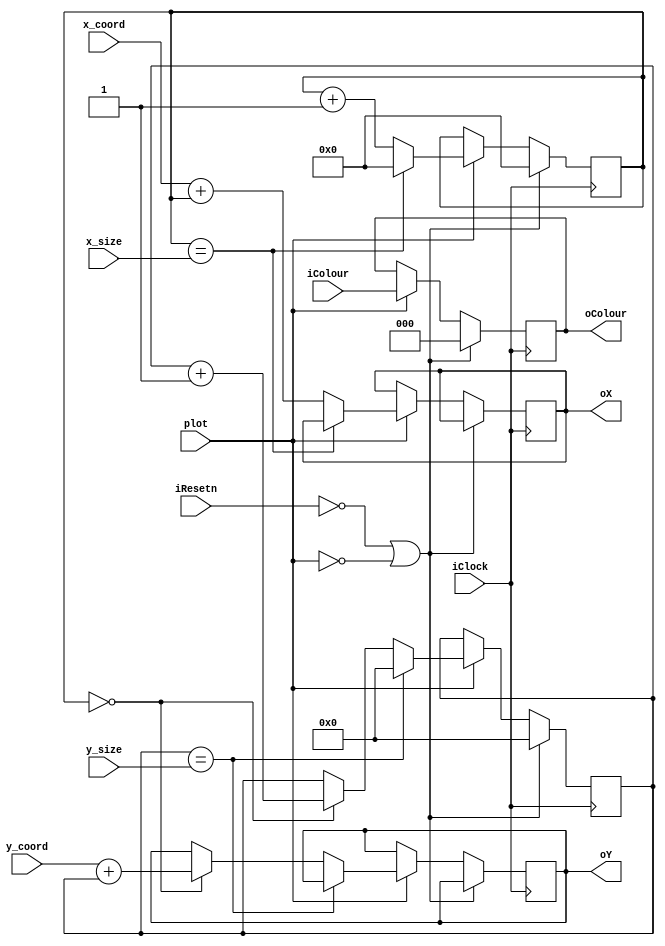
module dynamicBox(iClock, iResetn, x_coord, y_coord, iColour, x_size, y_size, plot, oX, oY, oColour);
	input iClock, iResetn;
	input [7:0] x_coord;
	input [6:0] y_coord;
	input [2:0] iColour;
	input [7:0] x_size;
	input [6:0] y_size;
	input plot;
	
	output reg [7:0] oX;
	output reg [6:0] oY;
	output reg [2:0] oColour;

	 parameter X_SCREEN_PIXELS = 8'd160;
    parameter Y_SCREEN_PIXELS = 7'd120;
	 
	 reg [6:0] y_count;
	 reg [7:0] x_count;

	always@(posedge iClock) begin
        if(iResetn == 1'b0 || plot == 1'b0) begin
				y_count <= 7'b0;
				x_count <= 8'b0;
				oColour <= 3'd0;
        end
		else if (plot == 1'b1) begin
			if (x_count == x_size) 
					x_count <= 8'd0;
			else
				begin
					oX <= x_coord + x_count;
					x_count <= x_count + 1'b1;
				end
								

			if (y_count == y_size) 
				y_count <= 7'd0;
				else if (x_count == 8'd0)
					begin
						oY <= y_coord + y_count;
						y_count <= y_count + 1'b1;
					end
								
				oColour <= iColour;
			end
	end
							
endmodule